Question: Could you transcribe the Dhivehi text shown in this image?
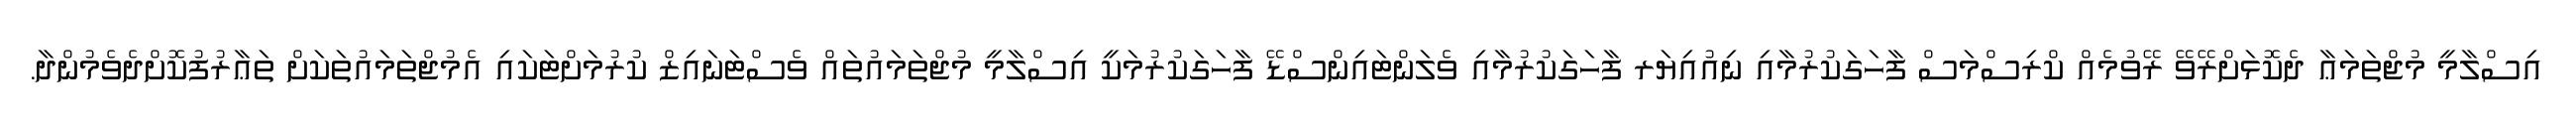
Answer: އިސްލާމީ މުޖްތަމަޢާ ދެކޮޅަށްރޭވޭ ރޭވުމެއް ކްރިސްމަސް ފާހަގަކުރުމާއި ނިއުއިޔަރ ފާހަގަކުރުމާއި ވެލަންޓައިންސްޑޭ ފާހަގަކުރުމަކީ އިސްލާމީ މުޖްތަމައުތައް ވެސްޓަނައިޒް ކުރުމަށްޓަކައި އެމުޖްތަމައުތަކަށް ތަޢާރުފުކޮށްދެވެމުންދާ.